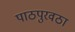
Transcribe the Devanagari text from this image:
पाठपुरवठा